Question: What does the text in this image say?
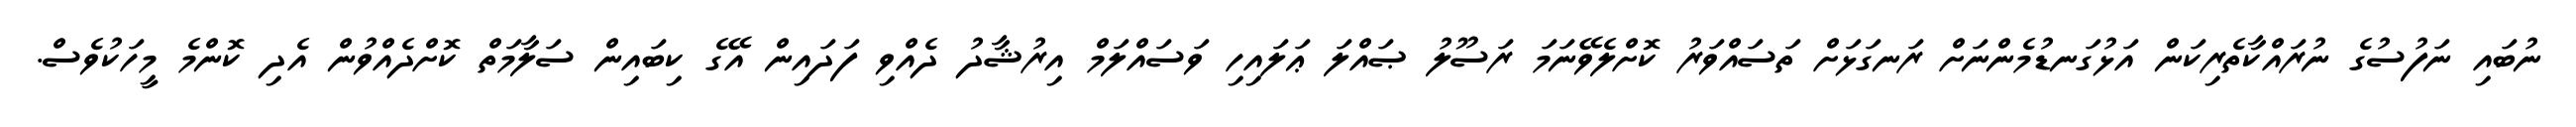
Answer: ނުބައި ނަފުސުގެ ނުރައްކާތެރިކަން އަޅުގަނޑުމެންނަށް ރަނގަޅަށް ތަސައްވަރު ކޮށްލެވޭނަމަ ރަސޫލު ޞައްލަ ޢަލައިހި ވަސައްލަމް އިރުޝާދު ދެއްވި ފަދައިން އޭގެ ކިބައިން ސަލާމަތް ކޮށްދެއްވުން އެދި ކޮންމެ މީހަކުވެސް.